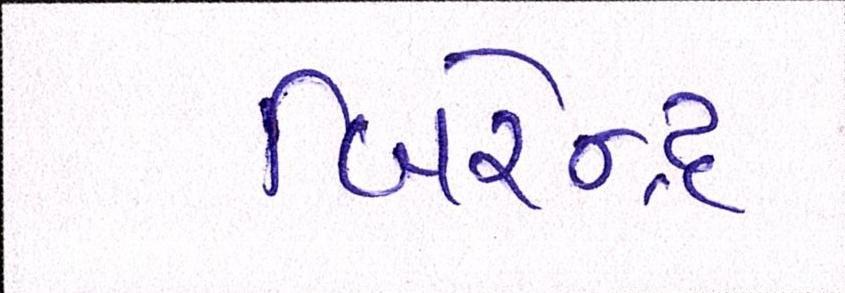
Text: બિરેન્દ્ર